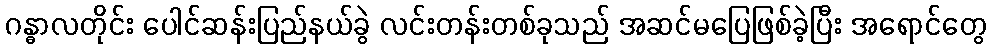
ဂန္ဓာလတိုင်း ပေါင်ဆန်းပြည်နယ်ခွဲ လင်းတန်းတစ်ခုသည် အဆင်မပြေဖြစ်ခဲ့ပြီး အရောင်တွေ